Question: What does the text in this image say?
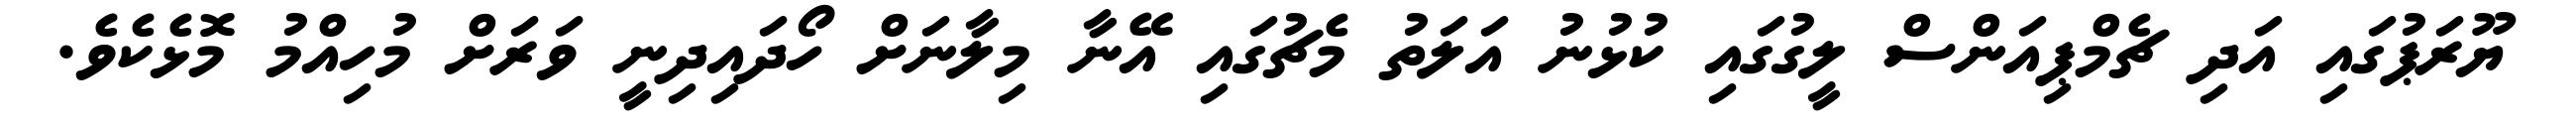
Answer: ޔޫރަޕުގައި އަދި ޗެމްޕިއަންސް ލީގުގައި ކުޅުނު އަލަތު މެޗުގައި އޭނާ މިލާނަށް ހޯދައިދިނީ ވަރަށް މުހިއްމު މޮޅެކެވެ.